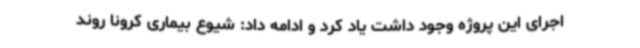
اجرای این پروژه وجود داشت یاد کرد و ادامه داد: شیوع بیماری کرونا روند